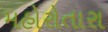
મહોરોતારા